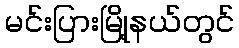
မင်းပြားမြို့နယ်တွင်